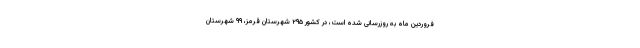
فروردین ماه به روزرسانی شده است، در کشور ۲۹۵ شهرستان قرمز، ۹۹ شهرستان